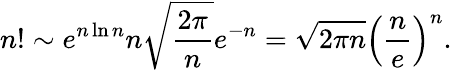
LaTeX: n!\sim e^{n\ln n}n{\sqrt{\frac{2\pi}{n}}}e^{-n}={\sqrt{2\pi n}}\left({\frac{n}{e}}\right)^{n}.